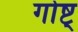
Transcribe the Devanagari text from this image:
गोष्ट्